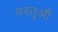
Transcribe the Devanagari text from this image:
वस्तुऔं